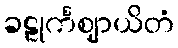
ခဠုင်္ကဈာယိတံ